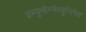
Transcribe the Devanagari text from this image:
इम्युनोग्लेब्युलिनेस